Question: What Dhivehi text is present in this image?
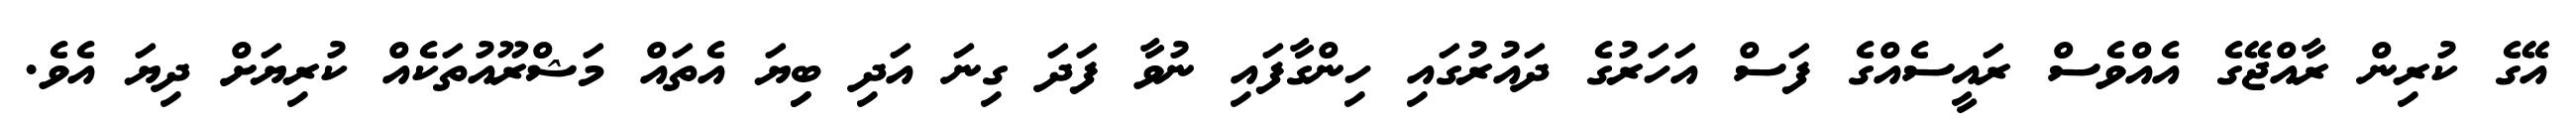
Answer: އޭގެ ކުރިން ރާއްޖޭގެ އެއްވެސް ރައީސެއްގެ ފަސް އަހަރުގެ ދައުރުގައި ހިންގާފައި ނުވާ ފަދަ ގިނަ އަދި ބިިޔަ އެތައް މަޝްރޫއުތަކެއް ކުރިޔަށް ދިޔަ އެވެ.